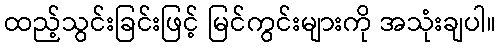
ထည့်သွင်းခြင်းဖြင့် မြင်ကွင်းများကို အသုံးချပါ။